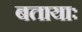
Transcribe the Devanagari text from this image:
बतायाः